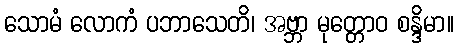
သောမံ လောကံ ပဘာသေတိ၊ အဗ္ဘာ မုတ္တောဝ စန္ဒိမာ။